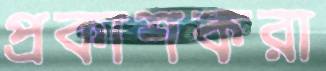
প্রকাশকরা